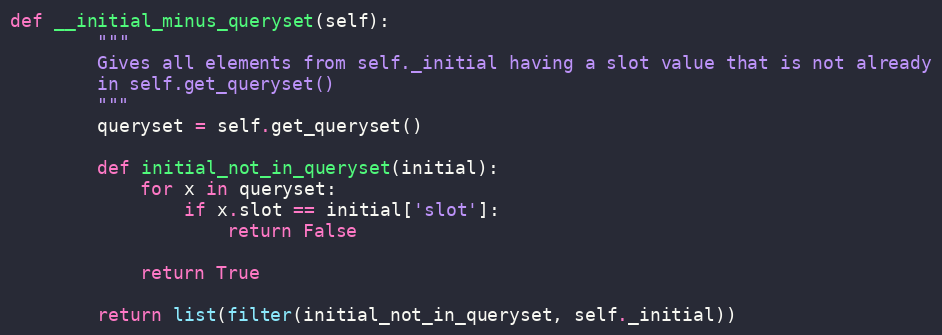
Language: Python
def __initial_minus_queryset(self):
        """
        Gives all elements from self._initial having a slot value that is not already
        in self.get_queryset()
        """
        queryset = self.get_queryset()

        def initial_not_in_queryset(initial):
            for x in queryset:
                if x.slot == initial['slot']:
                    return False

            return True

        return list(filter(initial_not_in_queryset, self._initial))